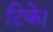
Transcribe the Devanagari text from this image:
टिके।